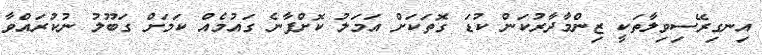
އިނގިރޭސިވިލާތަކީ ޒިންމާދާރުކަން ކުޑަ ގޮތަކަށް އަމަލު ކޮށްފާނެ ގައުމެއް ކަމަށް ގަބޫލު ނުކުރައްވާ